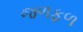
જળફળ